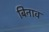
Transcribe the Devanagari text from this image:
बिनाव